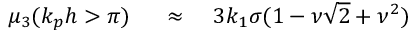
\begin{array} { r l r } { \mu _ { 3 } ( k _ { p } h > \pi ) \, \, } & { { } \approx } & { \, \, 3 k _ { 1 } \sigma ( 1 - \nu \sqrt { 2 } + \nu ^ { 2 } ) } \end{array}